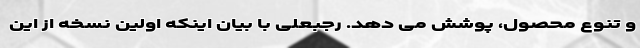
و تنوع محصول، پوشش می دهد. رجبعلی با بیان اینکه اولین نسخه از این